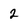
Character: 2